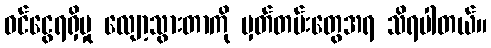
ဝင်ငွေရရှိမှု လျော့သွားတာကို မှတ်တမ်းတွေအရ သိရပါတယ်။